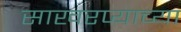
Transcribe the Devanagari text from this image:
साखरप्याच्या